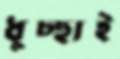
ধুচ্ছাই